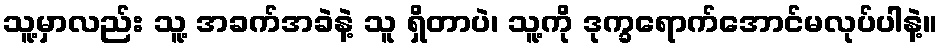
သူ့မှာလည်း သူ့ အခက်အခဲနဲ့ သူ ရှိတာပဲ၊ သူ့ကို ဒုက္ခရောက်အောင်မလုပ်ပါနဲ့။